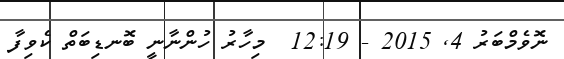
ނޮވެމްބަރު 4